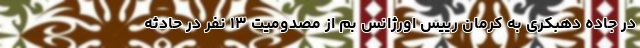
در جاده دهبکری به کرمان رییس اورژانس بم از مصدومیت ۱۳ نفر در حادثه